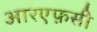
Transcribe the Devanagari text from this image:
आरएफ़सी